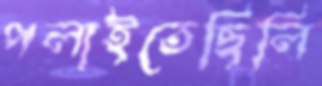
পলাইতেছিলি